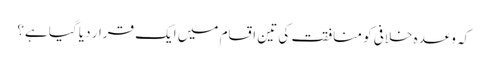
کہ وعدہ خلافی کو منافقت کی تین اقسام میں ایک قرار دیا گیا ہے؟